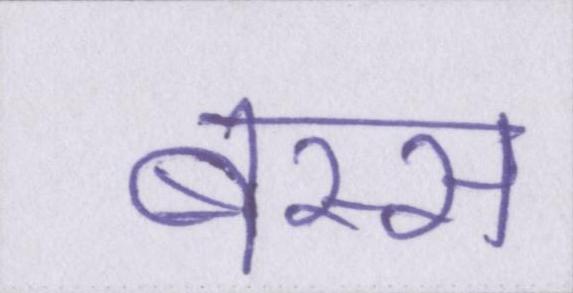
बस्स